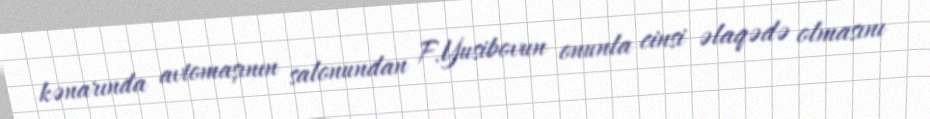
kənarında avtomaşının salonundan F.Yusibovun onunla cinsi əlaqədə olmasını